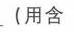
( 用含